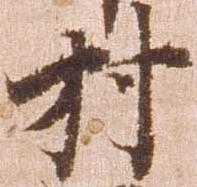
村